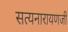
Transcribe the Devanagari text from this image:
सत्यनारायणजी